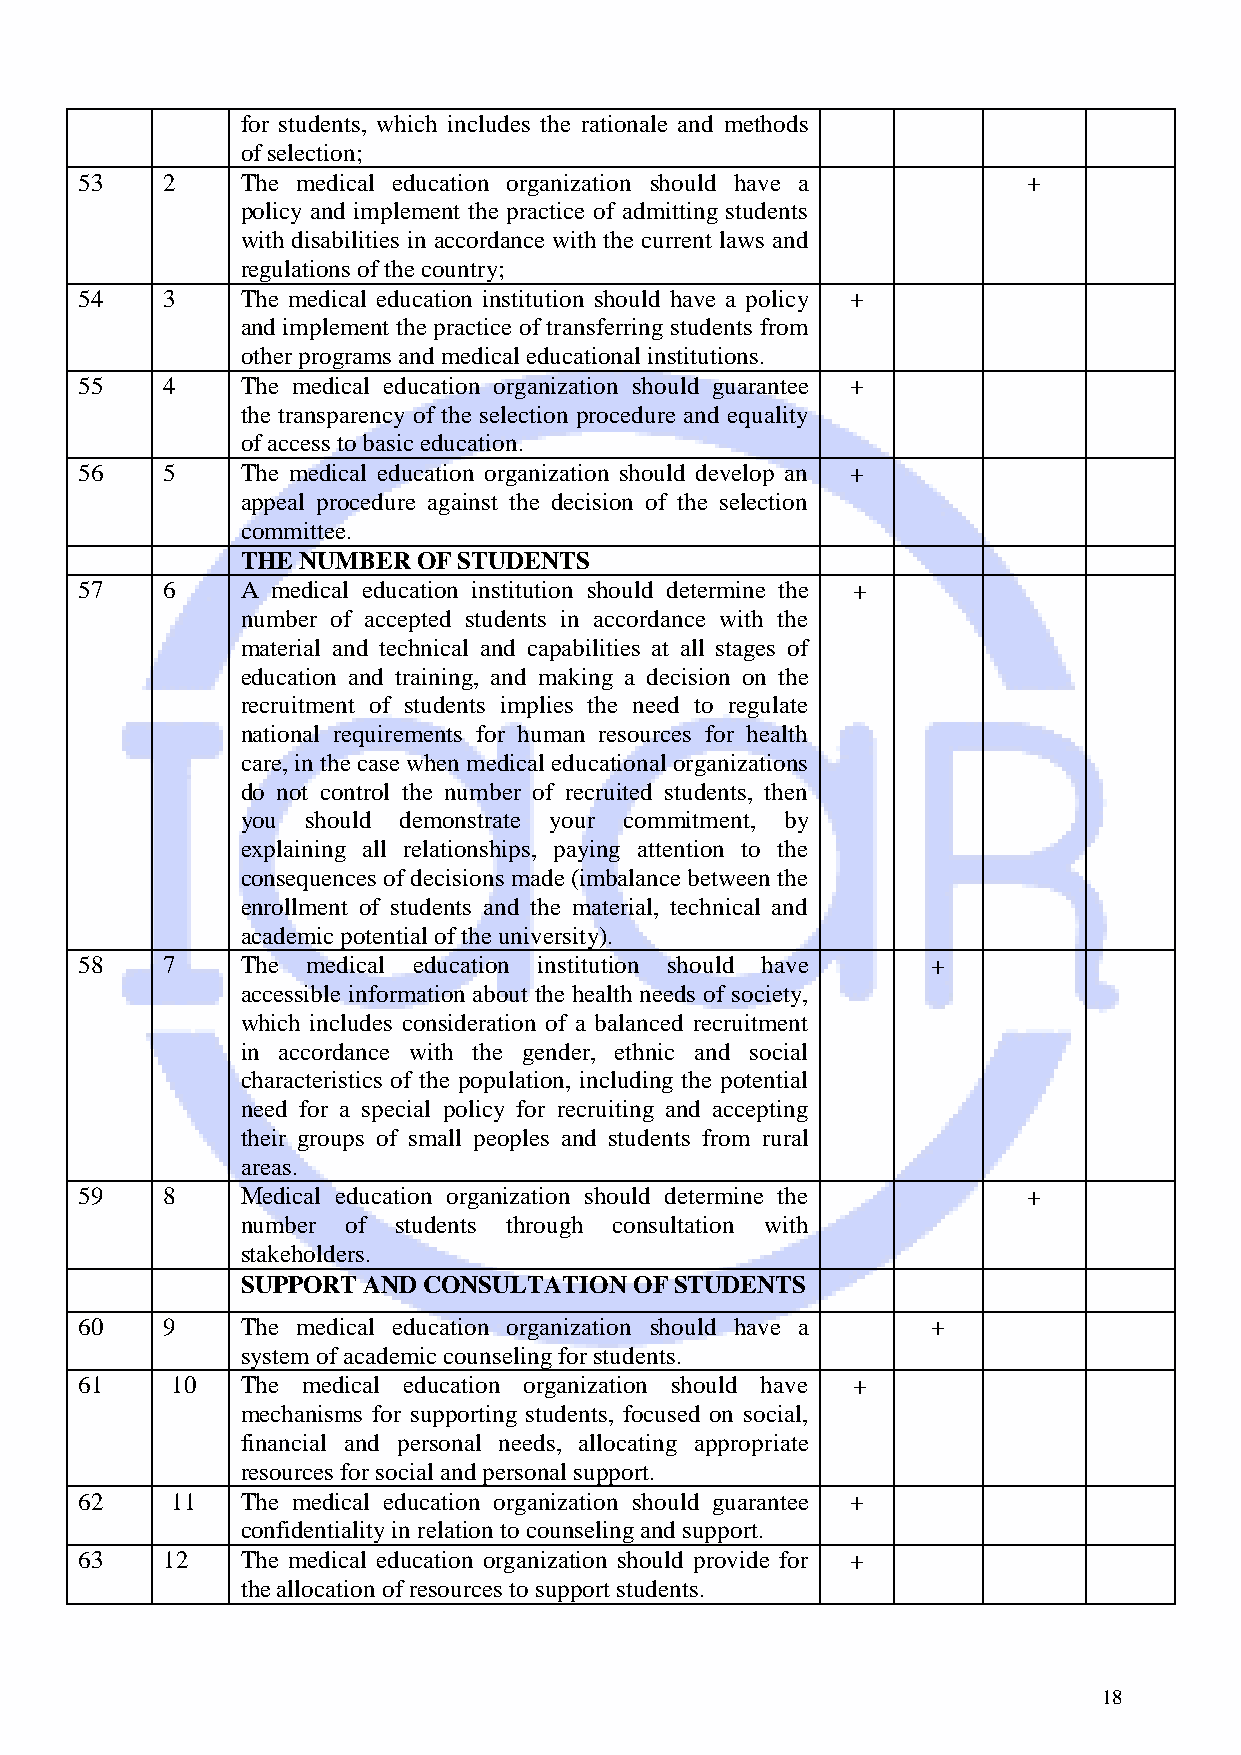
for students, which includes the rationale and methods
 of selection;
 53    2    The medical education organization should have a    +
 policy and implement the practice of admitting students
 with disabilities in accordance with the current laws and
 regulations of the country;
 54    3    The medical education institution should have a policy +
 and implement the practice of transferring students from
 other programs and medical educational institutions.
 55    4    The medical education organization should guarantee +
 the transparency of the selection procedure and equality
 of access to basic education.
 56    5    The medical education organization should develop an +
 appeal procedure against the decision of the selection
 committee.
 THE NUMBER  OF STUDENTS
 57    6    A medical education institution should determine the +
 number of accepted students in accordance with the
 material and technical and capabilities at all stages of
 education and training, and making a decision on the
 recruitment of students implies the need to regulate
 national requirements for human resources for health
 care, in the case when medical educational organizations
 do not control the number of recruited students, then
 you should demonstrate your commitment, by
 explaining all relationships, paying attention to the
 consequences of decisions made (imbalance between the
 enrollment of students and the material, technical and
 academic potential of the university).
 58    7    The medical education institution should have +
 accessible information about the health needs of society,
 which includes consideration of a balanced recruitment
 in accordance with the gender, ethnic and social
 characteristics of the population, including the potential
 need for a special policy for recruiting and accepting
 their groups of small peoples and students from rural
 areas.
 59    8    Medical education organization should determine the +
 number of students through consultation with
 stakeholders.
 SUPPORT AND CONSULTATION  OF STUDENTS
 60    9    The medical education organization should have a +
 system of academic counseling for students.
 61    10   The medical education organization should have +
 mechanisms for supporting students, focused on social,
 financial and personal needs, allocating appropriate
 resources for social and personal support.
 62    11   The medical education organization should guarantee +
 confidentiality in relation to counseling and support.
 63    12   The medical education organization should provide for +
 the allocation of resources to support students.
 18